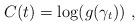
LaTeX: \begin{align*}C(t)=\log(g(\gamma_t))~,\end{align*}